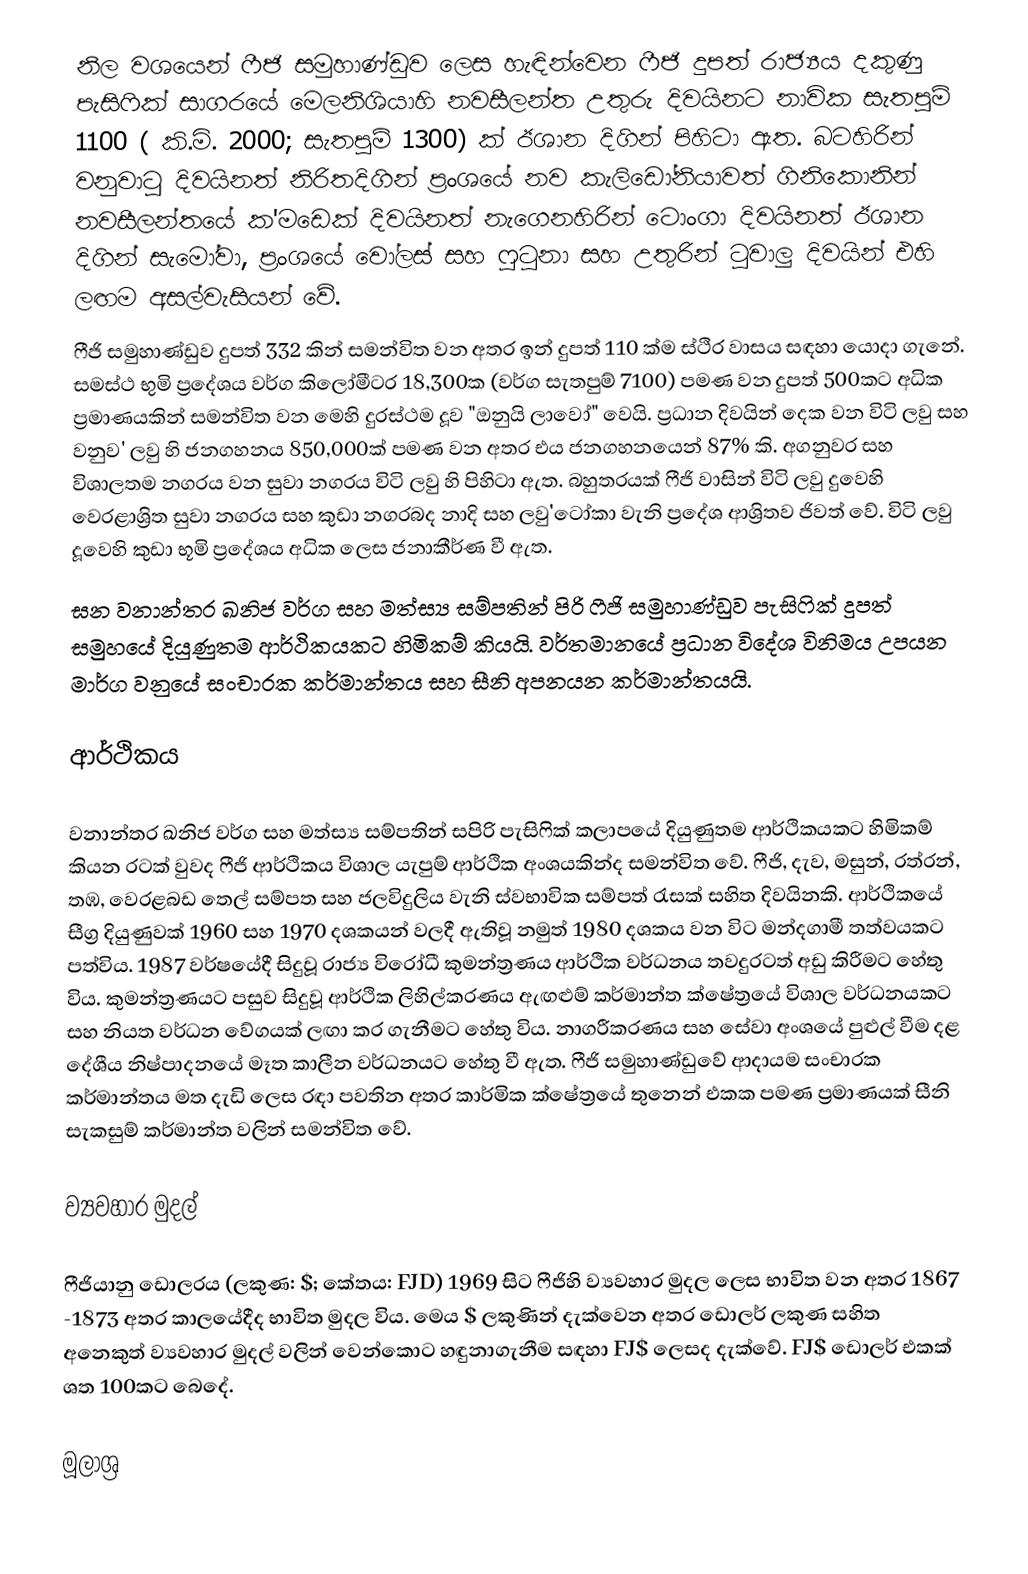
නිල වශයෙන් ෆීජි සමුහාණ්ඩුව ලෙස හැඳින්වෙන ෆීජි දුපත් රාජ්‍යය දකුණු පැසිෆික් සාගරයේ මෙලනිශියාහි නවසීලන්ත උතුරු දිවයිනට නාවික සැතපුම් 1100 ( කි.මි. 2000; සැතපුම් 1300) ක් ඊශාන දිගින් පිහිටා ඇත. බටහිරින් වනුවාටු දිවයිනත් නිරිතදිගින් ප්‍රංශයේ නව කැලිඩෝනියාවත් ගිනිකොනින් නවසීලන්තයේ ක'මඩෙක් දිවයිනත් නැගෙනහිරින් ටොංගා දිවයිනත් ඊශාන දිගින් සැමෝවා, ප්‍රංශයේ වෝලස් සහ ෆුටුනා සහ උතුරින් ටුවාලු දිවයින් එහි ලඟම අසල්වැසියන් වේ.
ෆීජි සමුහාණ්ඩුව දුපත් 332 කින් සමන්විත වන අතර ඉන් දුපත් 110 ක්ම ස්ථිර වාසය සඳහා යොදා ගැනේ. සමස්ථ භුමි ප්‍රදේශය වර්ග කිලෝමීටර 18,300ක (වර්ග සැතපුම් 7100) පමණ වන දුපත් 500කට අධික ප්‍රමාණයකින් සමන්විත වන මෙහි දුරස්ථම දූව "ඔනුයි ලාවෝ" වෙයි. ප්‍රධාන දිවයින් දෙක වන විටි ලවු සහ වනුව' ලවු හි ජනගහනය 850,000ක් පමණ වන අතර එය ජනගහනයෙන් 87% කි. අගනුවර සහ විශාලතම නගරය වන සුවා නගරය විටි ලවු හි පිහිටා ඇත. බහුතරයක් ෆීජි වාසින් විටි ලවු දුවෙහි වෙරළාශ්‍රිත සුවා නගරය සහ කුඩා නගරබද නාදි සහ ලවු'ටෝකා වැනි ප්‍රදේශ ආශ්‍රිතව ජිවත් වේ. විටි ලවු දූවෙහි කුඩා භූමි ප්‍රදේශය අධික ලෙස ජනාකීර්ණ වී ඇත.
ඝන වනාන්තර ඛනිජ වර්ග සහ මත්ස්‍ය සම්පතින් පිරි ෆීජි සමුහාණ්ඩුව පැසිෆික් දුපත් සමුහයේ දියුණුතම ආර්ථිකයකට හිමිකම් කියයි. වර්තමානයේ ප්‍රධාන විදේශ විනිමය උපයන මාර්ග වනුයේ සංචාරක කර්මාන්තය සහ සීනි අපනයන කර්මාන්තයයි.

ආර්ථිකය

වනාන්තර ඛනිජ වර්ග සහ මත්ස්‍ය සම්පතින් සපිරි පැසිෆික් කලාපයේ දියුණුතම ආර්ථිකයකට හිමිකම් කියන රටක් වුවද ෆීජි ආර්ථිකය විශාල යැපුම් ආර්ථික අංශයකින්ද සමන්විත වේ. ෆීජි, දැව, මසුන්, රත්රන්, තඹ, වෙරළබඩ තෙල් සම්පත සහ ජලවිදුලිය වැනි ස්වභාවික සම්පත් රැසක් සහිත දිවයිනකි. ආර්ථිකයේ සීග්‍ර දියුණුවක් 1960 සහ 1970 දශකයන් වලදී ඇතිවූ නමුත් 1980 දශකය වන විට මන්දගාමී තත්වයකට පත්විය. 1987 වර්ෂයේදී සිදුවූ රාජ්‍ය විරෝධී කුමන්ත්‍රණය ආර්ථික වර්ධනය තවදුරටත් අඩු කිරීමට හේතු විය. කුමන්ත්‍රණයට පසුව සිදුවූ ආර්ථික ලිහිල්කරණය ඇඟළුම් කර්මාන්ත ක්ෂේත්‍රයේ විශාල වර්ධනයකට සහ නියත වර්ධන වේගයක් ලඟා කර ගැනීමට හේතු විය. නාගරීකරණය සහ සේවා අංශයේ පුළුල් වීම දළ දේශීය නිෂ්පාදනයේ මෑත කාලීන වර්ධනයට හේතු වී ඇත. ෆීජි සමුහාණ්ඩුවේ ආදායම සංචාරක කර්මාන්තය මත දැඩි ලෙස රඳා පවතින අතර කාර්මික ක්ෂේත්‍රයේ තුනෙන් එකක පමණ ප්‍රමාණයක් සීනි සැකසුම් කර්මාන්ත වලින් සමන්විත වේ.

ව්‍යවහාර මුදල්

ෆීජියානු ඩොලරය (ලකුණ: $; කේතය: FJD)  1969 සිට ෆීජිහි ව්‍යවහාර මුදල ලෙස භාවිත වන අතර 1867 -1873 අතර කාලයේදීද භාවිත මුදල විය. මෙය $ ලකුණින් දැක්වෙන අතර ඩොලර් ලකුණ සහිත අනෙකුත් ව්‍යවහාර මුදල් වලින් වෙන්කොට හඳුනාගැනීම සඳහා FJ$ ලෙසද දැක්වේ. FJ$ ඩොලර් එකක් ශත 100කට බෙදේ.

මූලාශ්‍ර